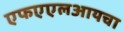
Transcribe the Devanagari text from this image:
एफएएलआयचा